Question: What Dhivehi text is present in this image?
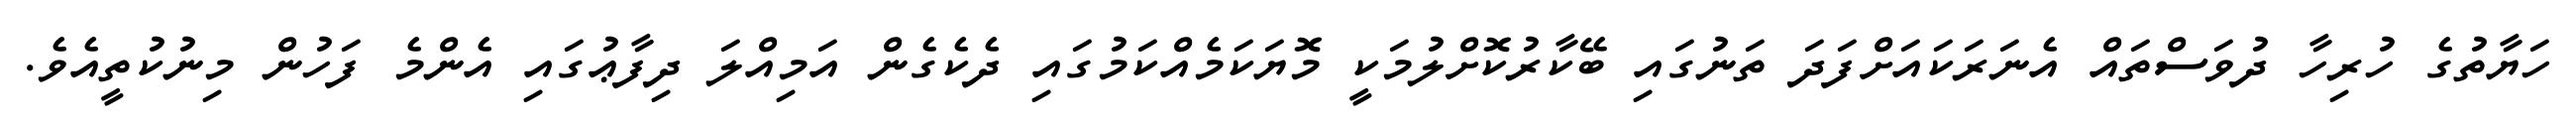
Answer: ހަޔާތުގެ ހުރިހާ ދުވަސްތައް އެނަރަކައަށްފަދަ ތަނުގައި ބޭކާރުކޮށްލުމަކީ މޮޔަކަމެއްކަމުގައި ދެކެގެން އަމިއްލަ ދިފާޢުގައި އެންމެ ފަހުން މިނުކުތީއެވެ.